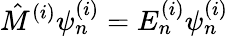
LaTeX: {\hat{M}}^{(i)}\psi_{n}^{(i)}=E_{n}^{(i)}\psi_{n}^{(i)}